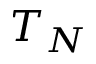
T _ { N }